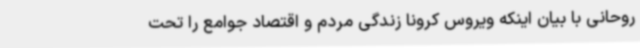
روحانی با بیان اینکه ویروس کرونا زندگی مردم و اقتصاد جوامع را تحت‌